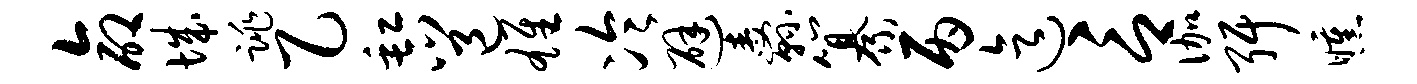
命城跳乙缸邕雄冷避纛纂丙迄言伽弭曛